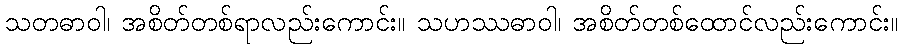
သတဓာဝါ၊ အစိတ်တစ်ရာလည်းကောင်း။ သဟဿဓာဝါ၊ အစိတ်တစ်ထောင်လည်းကောင်း။